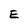
Character: E